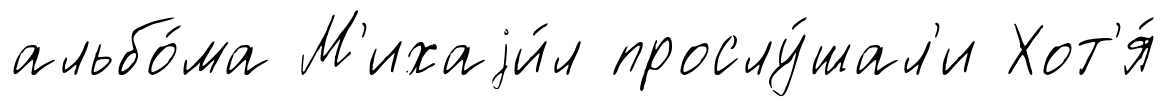
альбо́ма М'ихаjи́л прослу́шал'и Хот'я́